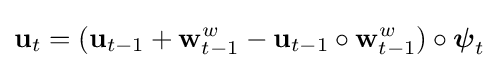
\mathbf {u} _{t}=(\mathbf {u} _{t-1}+\mathbf {w} _{t-1}^{w}-\mathbf {u} _{t-1}\circ \mathbf {w} _{t-1}^{w})\circ {\boldsymbol {\psi }}_{t}